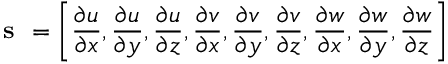
\textbf { s } = \left\lbrack \frac { \partial u } { \partial x } , \frac { \partial u } { \partial y } , \frac { \partial u } { \partial z } , \frac { \partial v } { \partial x } , \frac { \partial v } { \partial y } , \frac { \partial v } { \partial z } , \frac { \partial w } { \partial x } , \frac { \partial w } { \partial y } , \frac { \partial w } { \partial z } \right\rbrack